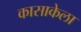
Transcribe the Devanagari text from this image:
कासाकेला